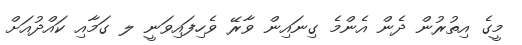
މީގެ އިތުރުން ދެން އެންމެ ގިނައިން ވާރޭ ވެހިފައިވަނީ ލ ގަމާއި ކައްދުއަށް